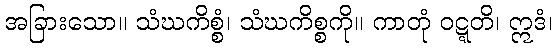
အခြားသော။ သံဃကိစ္စံ၊ သံဃကိစ္စကို။ ကာတုံ ဝဋ္ဋတိ၊ ဣဒံ၊